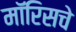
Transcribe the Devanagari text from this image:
मॉरिसचे